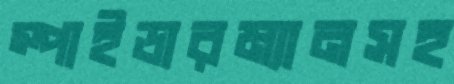
স্পাইডারম্যানসহ